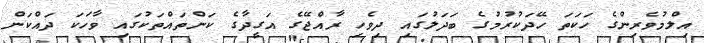
އިލްމުވެރިންގެ ހަކަތަ ހޭދަކުރުމުގެ ބަދަލުގައި ދިވެހި ރާއްޖޭގެ އަގީދާގެ ކަންތައްތަކުގައި ވާހަކަ ދައްކަން